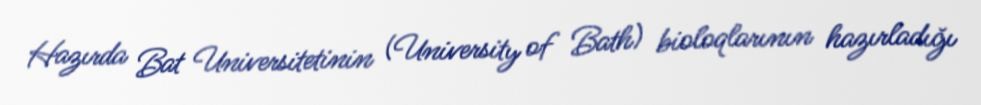
Hazırda Bat Universitetinin (University of Bath) bioloqlarının hazırladığı